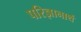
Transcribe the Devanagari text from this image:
परिज्ञानार्थ